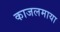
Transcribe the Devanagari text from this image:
काजलमाया